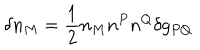
LaTeX: \delta n _ { M } = \frac { 1 } { 2 } n _ { M } n ^ { P } n ^ { Q } \delta g _ { P Q }